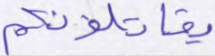
يقاتلونكم